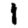
Digit: 1